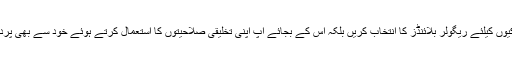
لازمی نہیں کہ آپ کھڑکیوں کیلئے ریگولر بلائنڈز کا انتخاب کریں بلکہ اس کے بجائے آپ اپنی تخلیقی صلاحیتوں کا استعمال کرتے ہوئے خود سے بھی پردے ڈیزائن کرسکتے ہیں۔